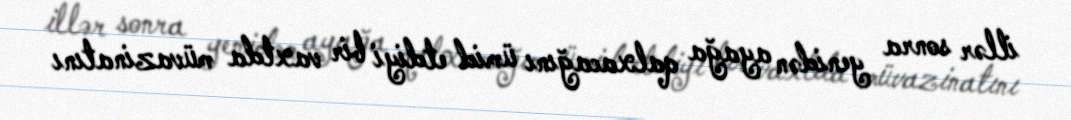
illər sonra yenidən ayağa qalxacağını ümid etdiyi bir vaxtda müvazinatını